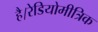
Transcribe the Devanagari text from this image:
है।रेडियोमीत्रिक